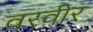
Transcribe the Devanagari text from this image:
वरवीर